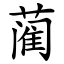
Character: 蔺